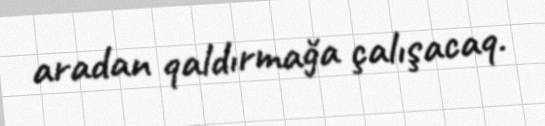
aradan qaldırmağa çalışacaq.